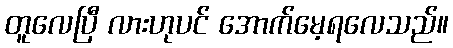
တူလေပြီ လားဟုပင် အောက်မေ့ရလေသည်။